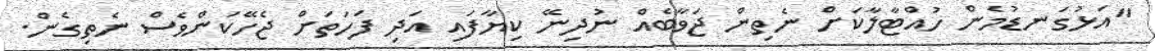
"އަޅުގަނޑުމެން ހުއްޓާލާކަށް ނެތިން ޖަވާބެއް ނުދިނޭ ކިޔާފައި އަދި ފަހަތަށް ޖެހޭކަންވެސް ނެތިގެން.